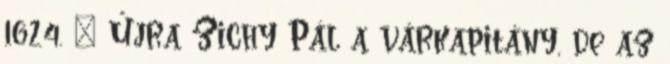
1624. – Újra Zichy Pál a várkapitány, de az